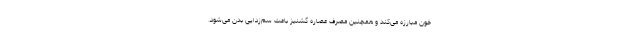
خون مبارزه می‌کند و همچنین مصرف عصاره گشنیز باعث سم‌زدایی بدن می‌شود.